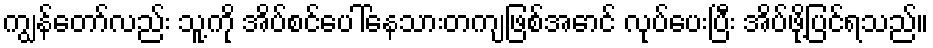
ကျွန်တော်လည်း သူ့ကို အိပ်စင်ပေါ်နေသားတကျဖြစ်အောင် လုပ်ပေးပြီး အိပ်ဖို့ပြင်ရသည်။